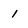
Character: 1